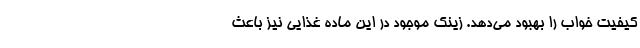
کیفیت خواب را بهبود می‌دهد. زینک موجود در این ماده غذایی نیز باعث